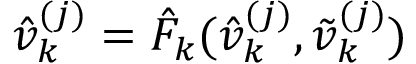
\hat { v } _ { k } ^ { ( j ) } = \hat { F } _ { k } ( \hat { v } _ { k } ^ { ( j ) } , \tilde { v } _ { k } ^ { ( j ) } )